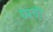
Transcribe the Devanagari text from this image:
घ्यवी